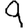
Digit: 9